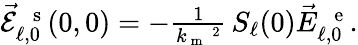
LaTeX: \begin{array}{r}{\vec{\mathcal{E}}_{\ell,0}^{\mathrm{~\, ~s~}}(0,0)=-\frac{1}{k_{\mathrm{~m~}}\, \! \! \, \! \, \, \! \, \, \! \! \, \! \, \, \! \! \, \! \! \, \! \, \, \! \! \, \! \! \, \! \, \, \! \, \, \! \! \, \! \, \, \! \! \, \! \! \, \! \, \, \! \, \, \! \! \, \! \, \, \! \, \, \! \! \, \! \, \, \! \! \, \! \! \, \! \, \, \! \, \, \! \! \, \! \, \, \! \, \, \! \! ^{2}}\, S_{\ell}(0)\vec{E}_{\ell,0}^{\mathrm{~\, ~e~}}.}\end{array}